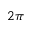
2 \pi